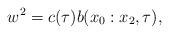
LaTeX: \begin{align*}w^2=c(\tau)b(x_0:x_2,\tau),\end{align*}